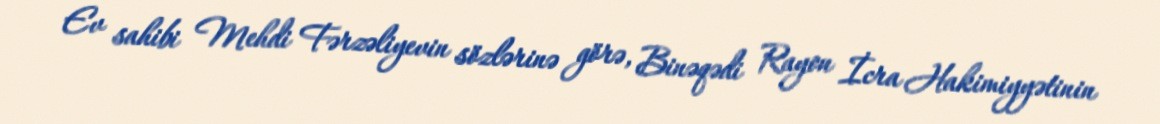
Ev sahibi Mehdi Fərzəliyevin sözlərinə görə, Binəqədi Rayon İcra Hakimiyyətinin